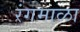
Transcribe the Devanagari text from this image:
रंगमाळा